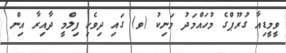
ވީމީޑިއާ ގުރޫޕްގެ މުހައްމަދު މަނިކު (ވ) ގައި ދިވެހި ފިލްމީ ދާއިރާ އިން